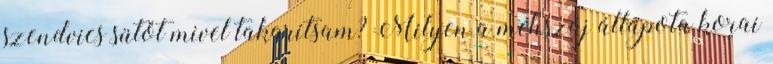
szendvics sütőt mivel takarítsam? Milyen a méhszáj állapota korai